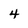
Character: 4